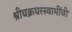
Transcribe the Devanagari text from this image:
श्रीचक्रधरस्वामींची